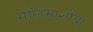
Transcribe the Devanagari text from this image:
गॉलमाशीचा